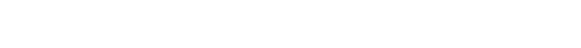
ပက်လက်အိပ်ခိုင်းသည် ကိရိယာများ ပါဝင်ကြောင်းကိုလည်း လုပ်ငန်းဆောင်ရွက်ရာမှ ဆိုလာမီးအိမ်များ